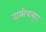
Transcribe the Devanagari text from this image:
दासीपासून